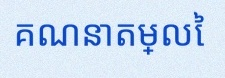
គណនាតម្លៃ